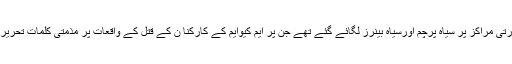
یوم سوگ کے موقع پر ایم کیوایم کے دفاتر،کارکنان کے گھروں ، اہم چوراہوں ، عمارتوں اور تجارتی مراکز پر سیاہ پرچم اورسیاہ بینرز لگائے گئے تھے جن پر ایم کیوایم کے کارکنا ن کے قتل کے واقعات پر مذمتی کلمات تحریرتھے جبکہ ایم کیوایم کے کارکنان وہمدردوں نے اپنے بازوؤں پر سیاہ پٹیاں بھی باندھ رکھی تھیں۔